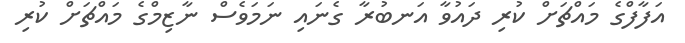
އަފާފްގެ މައްޗަށް ކުރި ދައުވާ އަނބުރާ ގެނައި ނަމަވެސް ނާޒިމްގެ މައްޗަށް ކުރި